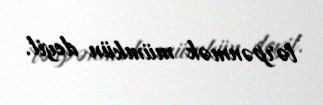
tərpənmək mümkün deyil.